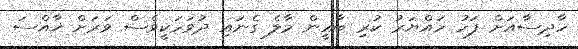
ހާދިސާއަށް ފަހު ހައްޔަރު ކުރި ބާޣީން މާލެ ގެނައި ދުވަހަކީވެސް ވަރަށް ޚާއްސަ